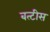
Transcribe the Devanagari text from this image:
बत्टीस